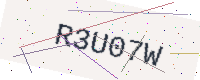
Text: R3U07W